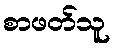
စာဖတ်သူ